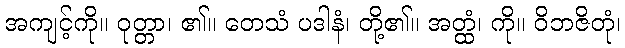
အကျင့်ကို။ ဝုတ္တာ၊ ၏။ တေသံ ပဒါနံ၊ တို့၏။ အတ္ထံ၊ ကို။ ဝိဘဇိတုံ၊